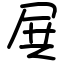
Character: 𡱒